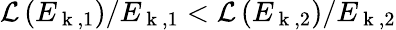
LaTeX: \mathcal{L}\left(E_{\mathrm{~k~},1}\right)/E_{\mathrm{~k~},1}<\mathcal{L}\left(E_{\mathrm{~k~},2}\right)/E_{\mathrm{~k~},2}